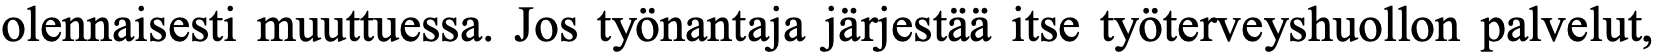
olennaisesti muuttuessa. Jos työnantaja järjestää itse työterveyshuollon palvelut,